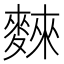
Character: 麳